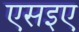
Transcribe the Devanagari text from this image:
एसइए